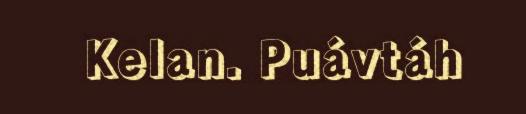
Kelan. Puávtáh